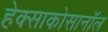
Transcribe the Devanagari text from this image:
हेक्साकोसानॉल